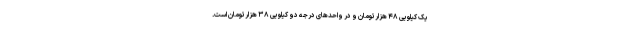
یک کیلویی ۴۸ هزارتومان و در واحدهای درجه دو کیلویی ۳۸ هزارتومان است.